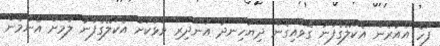
ފަހެ އެއުރެން އެކަލޭގެފާނު ގޮވައިގެން ދިޔަހިނދު އަނދިރި ވަޅަކަށް އެކަލޭގެފާނު ލުމަށް އެންމެން